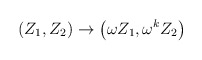
\begin{align*}\left(Z_1,Z_2\right) \rightarrow \left(\omega Z_1,\omega^k Z_2\right)\end{align*}